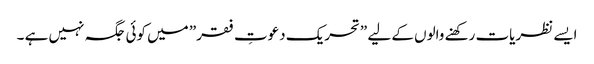
ایسے نظریات رکھنے والوں کے لیے ”تحریک دعوتِ فقر” میں کوئی جگہ نہیں ہے ۔